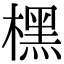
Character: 𣘸